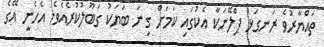
ތައްޔާރުވެ ރަނގަޅު ޕްލޭނަކާ އެކުގައި ކަމަށް ގިނަ ބަޔަކު ގަބޫލުކުރެއެވެ. އެހެނީ އޭގެ